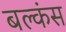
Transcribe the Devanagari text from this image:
बल्कंस